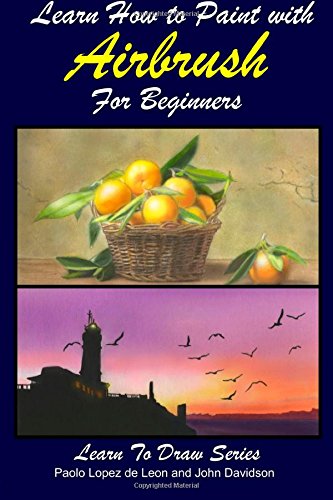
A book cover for Learn How to Paint with Airbrush For Beginners (Learn to Draw Book Series) (Volume 34); John Davidson; Arts & Photography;